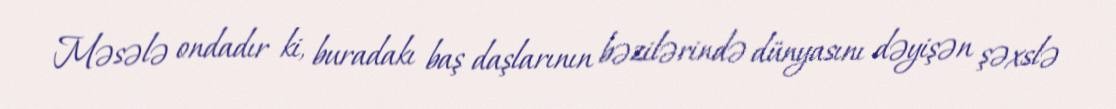
Məsələ ondadır ki, buradakı baş daşlarının bəzilərində dünyasını dəyişən şəxslə